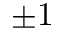
\pm 1